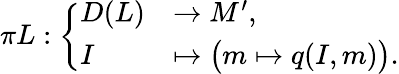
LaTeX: \pi L:\left\{ \begin{array}{ll}{D(L)}&{\to M^{\prime},}\\ {I}&{\mapsto\big(m\mapsto q(I,m)\big).}\end{array}\right.